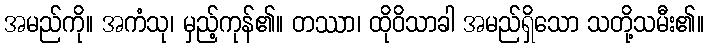
အမည်ကို။ အကံသု၊ မှည့်ကုန်၏။ တဿာ၊ ထိုဝိသာခါ အမည်ရှိသော သတို့သမီး၏။